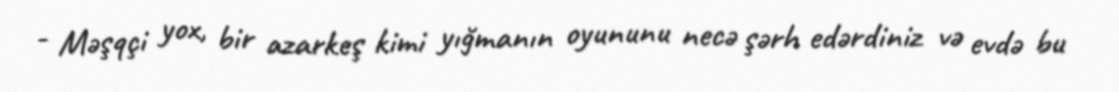
- Məşqçi yox, bir azarkeş kimi yığmanın oyununu necə şərh edərdiniz və evdə bu